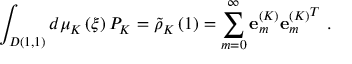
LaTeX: \int _ { D ( 1 , 1 ) } { d \mu _ { K } \left( \xi \right) P _ { K } = { \tilde { \rho } } _ { K } \left( 1 \right) = \sum _ { m = 0 } ^ { \infty } { { \bf e } _ { m } ^ { \left( K \right) } { { \bf e } _ { m } ^ { \left( K \right) } } ^ { T } } } \ .